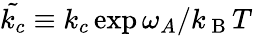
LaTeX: \tilde{k_{c}}\equiv k_{c}\exp{\omega_{A}/k_{\mathrm{~B~}}T}